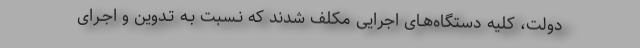
دولت، کلیه دستگاه‌هـای اجرایی مکلف شدند که نـسبت بـه تـدوین و اجـرای